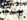
وهو